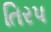
તિરપ